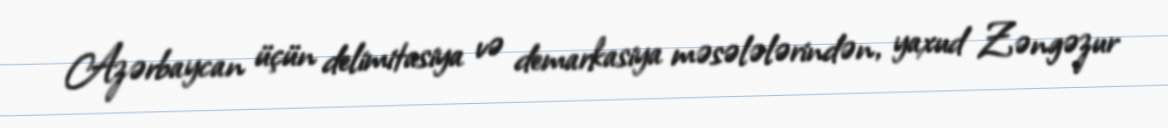
Azərbaycan üçün delimitasiya və demarkasiya məsələlərindən, yaxud Zəngəzur